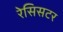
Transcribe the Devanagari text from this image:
रेसिसटर